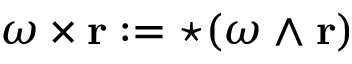
\omega \times \mathbf { r } : = { \star } ( \omega \wedge \mathbf { r } )